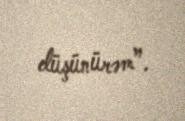
düşünürəm”.